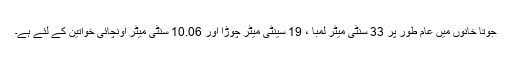
جوتا خانوں میں عام طور پر 33 سنٹی میٹر لمبا ، 19 سینٹی میٹر چوڑا اور 10.06 سنٹی میٹر اونچائی خواتین کے لئے ہے۔